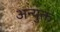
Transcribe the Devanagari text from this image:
अन्युक्त